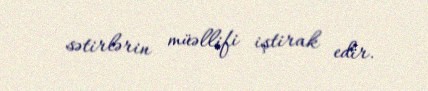
sətirlərin müəllifi iştirak edir.